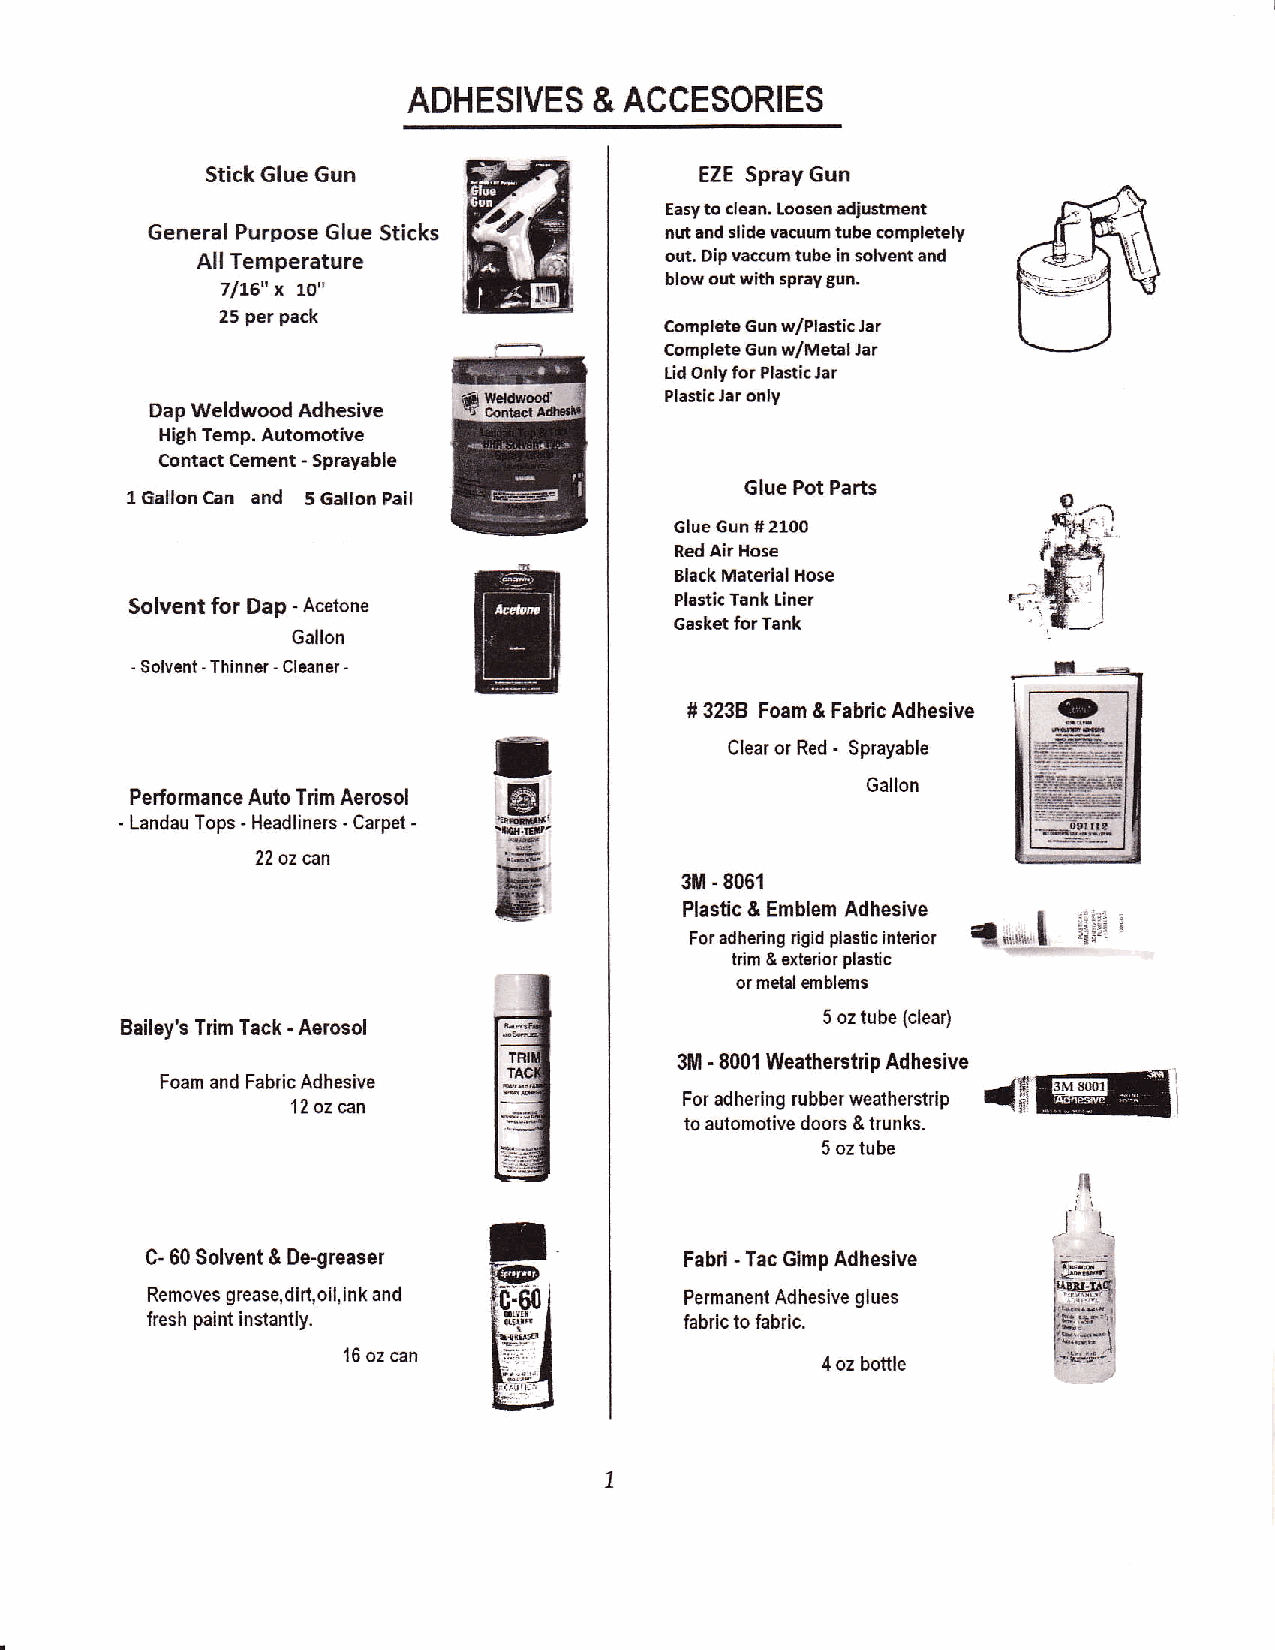
ADHESIVES   & ACCESORIES
 Stick Glue 6un                  EZE Spray Gun
 Easy to clean, Loossn adiustment
 General Purpose Glue Sticks       nut aod slide vacuum tube completely
 All Temperature                out, Dio vacrum tube in solvert and
 x                         blow out with spraygun.
 71L6" tO"
 25 per pack
 Complete Gun wlPlastic Jar
 complete €un dMetal Jar
 Lid only for Plastic.lar
 Plastic Jar only
 Dap Weldwood Adhesive
 High Temp. Automotive
 Contact Cement - Sprayable
 l Gallon Can and 5GallonPail             Glue Pot Parts
 Glue Gun S 2100
 Red Air Hose
 Black Materlal Hose
 Solvent for Dap - Acetone           Plastic Tank Linel
 Gasket tor Tank
 Gallon
 " Solvent - Thinner - Cleaner -
 # 3238 Foam & Fabdc Adhesive
 -
 Clear or Red Sprayable
 Gallon
 Performance Auto Trim Aerosol
 - Landau Tops - Headliners - Carpet -
 22 oz can
 3M - 8061
 Plastic & Emblem Adhesive
 For adhedng rigid plaslic interior du*,u.l t;;i: ?
 trim & exterior plaslic
 or melal emblems
 5 oz tube (clea0
 Bailey's Trim Tack - Aerosol
 31tr - 8001 Weatherstdp Adhesive <s@dt
 Foam and Fabric Adhesive
 '12 oz can                For adhering rubber weatherstrip
 to automotive doors & trunks.
 5 oz tube
 C- 60 Solvent & De-greaset         Fabri - Tac Gimp Adhesive
 Removes grease,dirt,oil, ink and   Permanent Adhesive glues
 lresh paint instantly.             fabric to fabric.
 16 oz can
 4 oz bottle